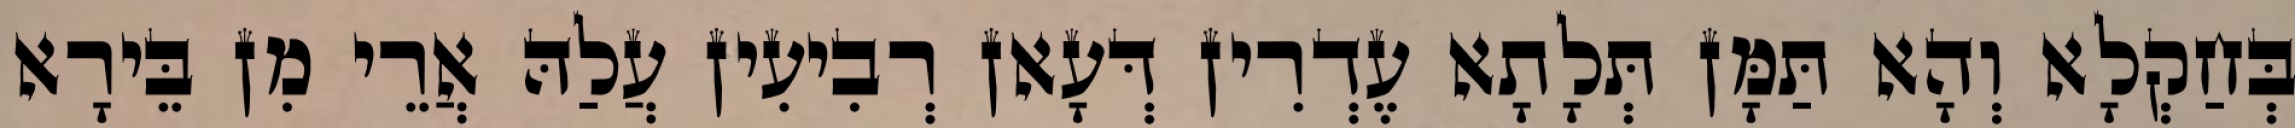
בְּחַקְלָא וְהָא תַּמָּן תְּלָתָא עֶדְרִין דְּעָאן רְבִיעִין עֲלַהּ אֲרֵי מִן בֵּירָא